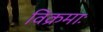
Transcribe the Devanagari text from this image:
विक्रमाः